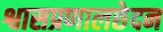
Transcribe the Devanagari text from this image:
श्वासप्रणालछेदन